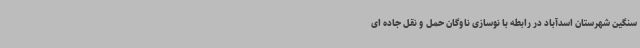
سنگین شهرستان اسدآباد در رابطه با نوسازی ناوگان حمل و نقل جاده ای